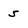
Character: 5